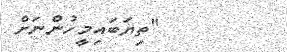
"ތިޔަބައިމީހުންނަށް